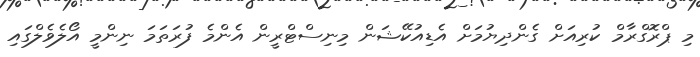
މި ޕްރޮގްރާމް ކުރިއަށް ގެންދިޔުމަށް އެޑިއުކޭޝަން މިނިސްޓްރީން އެންމެ ފުރަތަމަ ނިންމީ އޯލެވެލްގައި